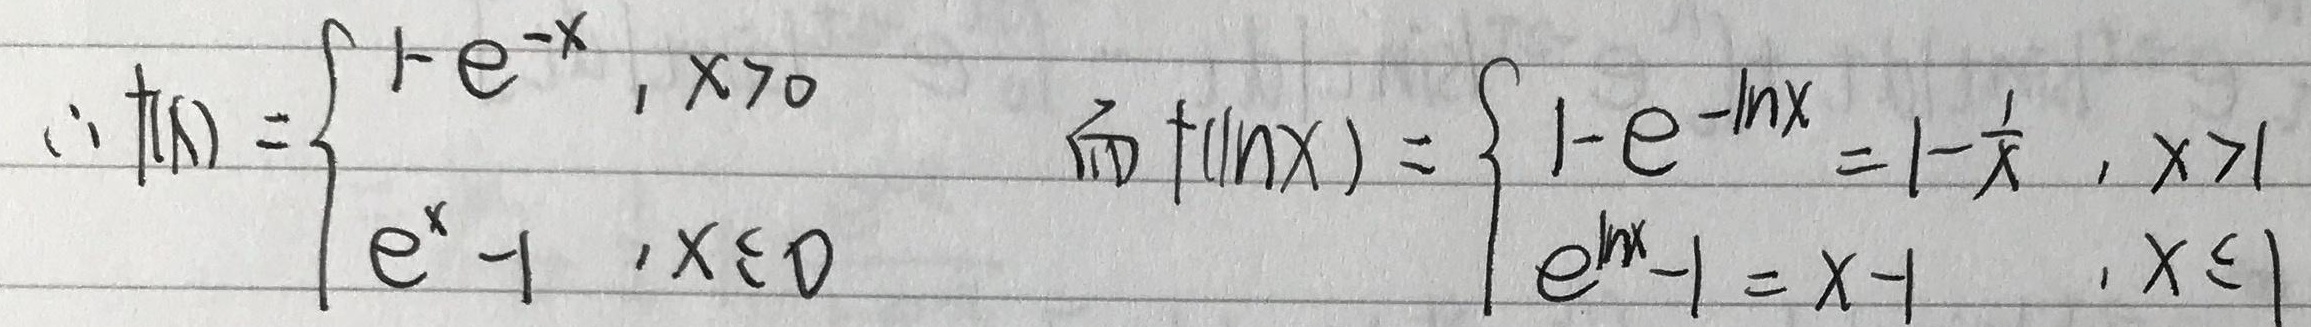
\(
\begin{align*}
\because f(x)=\begin{cases}
1 - e^{-x},&x>0\\
e^{x}-1,&x\leq0
\end{cases}
\quad
\text{而} f(\ln x)=\begin{cases}
1 - e^{-\ln x}=1-\frac{1}{x},&x > 1\\
e^{\ln x}-1=x - 1,&x\leq1
\end{cases}
\end{align*}
\)